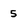
Character: 5